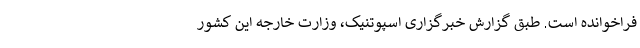
فراخوانده است. طبق گزارش خبرگزاری اسپوتنیک، وزارت خارجه این کشور